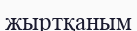
жыртқаным